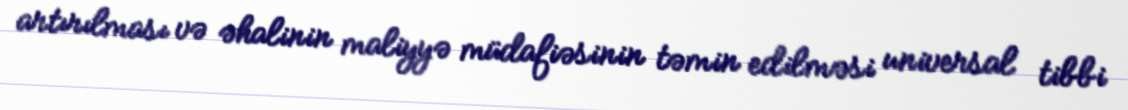
artırılması və əhalinin maliyyə müdafiəsinin təmin edilməsi universal tibbi